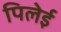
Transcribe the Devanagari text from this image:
पिलेई